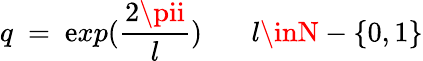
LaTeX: q~=~\mathrm{e}xp(\frac{{2\pii}}{{l}})~~~~~~~l\inN-\{ 0,1\}